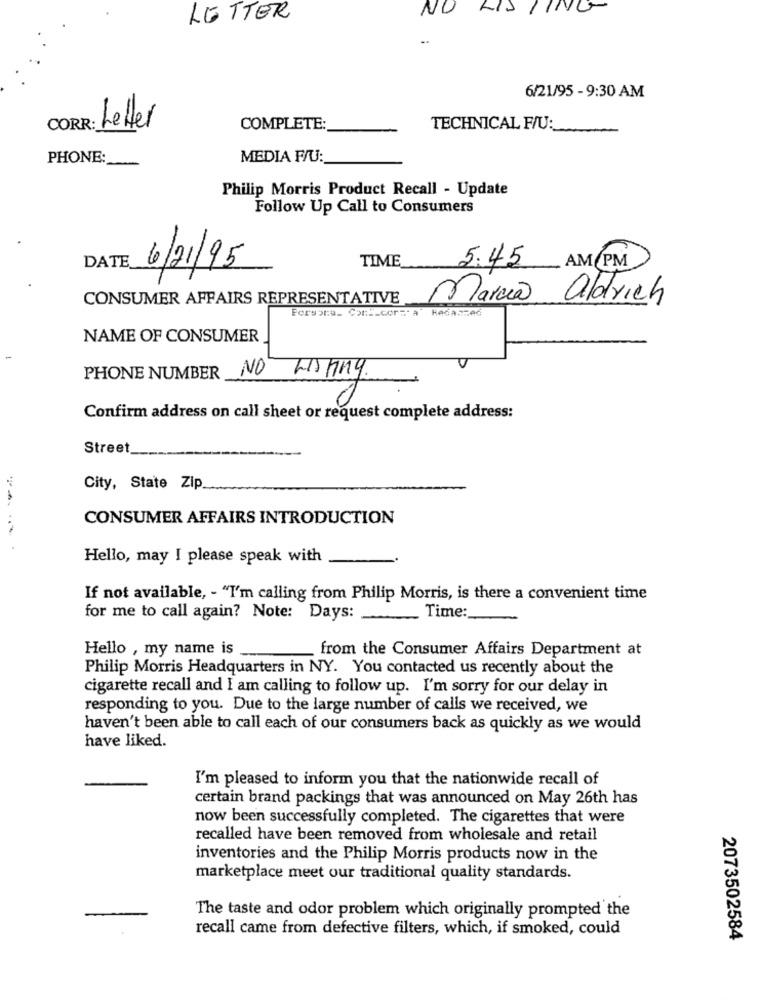
NO
LISTING
LETTER
6/21/95 - 9:30 AM
COR
: Letter
COMPLETE:
TECHNICAL F/U:
PHONE:
MEDIA F/U:
Philip Morris Product Recall - Update
Follow Up Call to Consumers
DATE
6/21/95
TIME
5.45 AM PM
CONSUMER AFFAIRS REPRESENTATIVE
Marca aldrich
Persona_ Cont_cers- a Heda.med
NAME OF CONSUMER
-
PHONE NUMBER
NO LISTIng.
Confirm address on call sheet or request complete address:
Street
City, State Zip
CONSUMER AFFAIRS INTRODUCTION
Hello, may I please speak with
If not available, - "I'm calling from Philip Morris, is there a convenient time
for me to call again? Note: Days: _
Time:
Hello , my name is
from the Consumer Affairs Department at
Philip Morris Headquarters in NY. You contacted us recently about the
cigarette recall and I am calling to follow up. I'm sorry for our delay in
responding to you. Due to the large number of calls we received, we
haven't been able to call each of our consumers back as quickly as we would
have liked.
I'm pleased to inform you that the nationwide recall of
certain brand packings that was announced on May 26th has
now been successfully completed. The cigarettes that were
recalled have been removed from wholesale and retail
inventories and the Philip Morris products now in the
marketplace meet our traditional quality standards.
The taste and odor problem which originally prompted the
recall came from defective filters, which, if smoked, could
2073502584